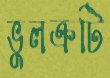
ভুলক্রটি